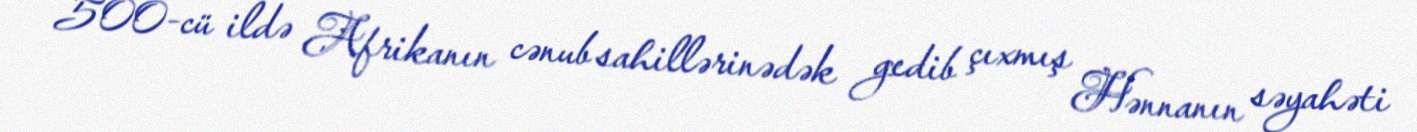
500-cü ildə Afrikanın cənub sahillərinədək gedib çıxmış Hənnanın səyahəti